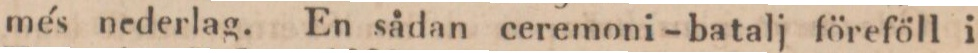
més nederlag. En sådan ceremoni-batalj föreföll i